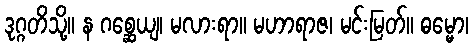
ဒုဂ္ဂတိသို့။ န ဂစ္ဆေယျ၊ မလားရာ။ မဟာရာဇ၊ မင်းမြတ်။ ဓမ္မော၊